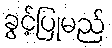
ခွင့်ပြုမည်